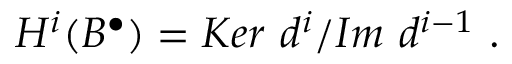
H ^ { i } ( B ^ { \bullet } ) = { K e r \ d ^ { i } } / { I m \ d ^ { i - 1 } } \ .